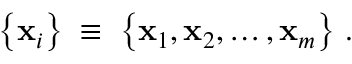
\left\{ \mathbf { x } _ { i } \right\} \; \equiv \; \left\{ \mathbf { x } _ { 1 } , \mathbf { x } _ { 2 } , \ldots , \mathbf { x } _ { m } \right\} \, .